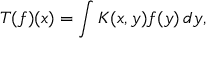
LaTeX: T ( f ) ( x ) = \int K ( x , y ) f ( y ) \, d y ,